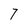
Character: 7